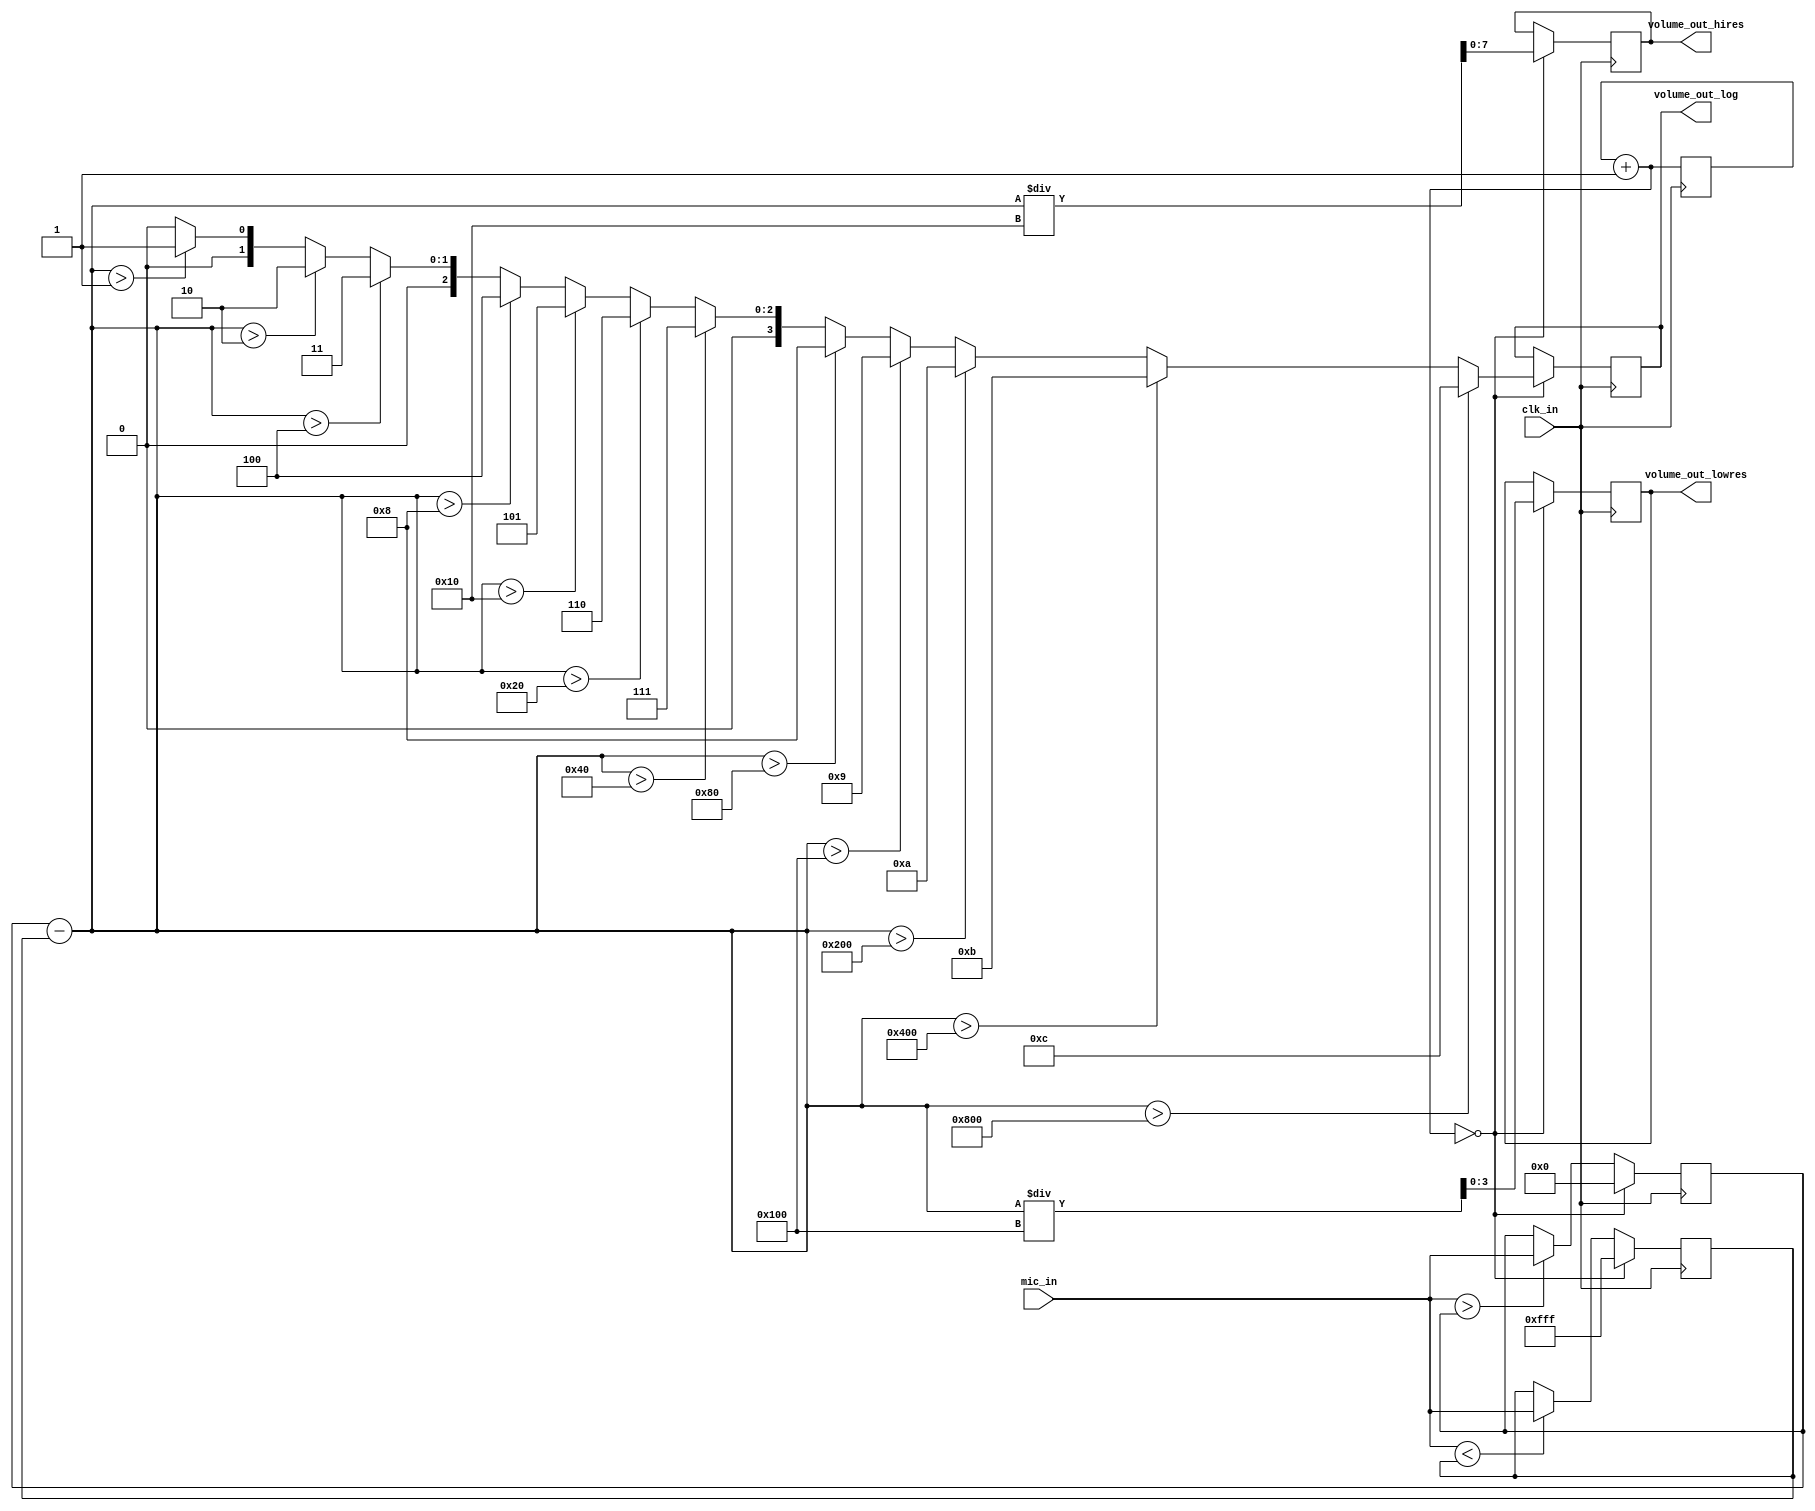
`timescale 1ns / 1ps

module volume_detector_slow(
    input clk_in,
    input [11:0] mic_in,
    output reg [3:0] volume_out_lowres,
    output reg [7:0] volume_out_hires,
    output reg [3:0] volume_out_log
    );
    
    reg [13:0] counter = 0;
    reg [11:0] max = 0;
    reg [11:0] min = 12'b111111111111;
    reg [11:0] diff = 0;
    always @(posedge clk_in) begin
        counter = counter + 1;
        if (counter == 0) begin
            diff = max - min;
            volume_out_lowres = diff / 256;
            volume_out_hires = diff / 16;
            if (diff > 12'b100000000000) begin
                volume_out_log<= 12;
            end
            else if (diff > 12'b010000000000) begin
                volume_out_log = 11;
            end
            else if (diff > 12'b001000000000) begin
                volume_out_log = 10;
            end
            else if (diff > 12'b000100000000) begin
                volume_out_log = 9;
            end
            else if (diff > 12'b000010000000) begin
                volume_out_log = 8;        
            end
            else if (diff > 12'b000001000000) begin
                volume_out_log = 7;
            end
            else if (diff > 12'b000000100000) begin
                volume_out_log = 6;        
            end
            else if (diff > 12'b000000010000) begin
                volume_out_log = 5;
            end
            else if (diff > 12'b000000001000) begin
                volume_out_log = 4;                    
            end
            else if (diff > 12'b000000000100) begin
                volume_out_log = 3;
            end
            else if (diff > 12'b000000000010) begin
                volume_out_log = 2;            
            end
            else if (diff > 12'b000000000001) begin
                volume_out_log = 1;
            end
            else begin
                volume_out_log = 0;
            end
            max = 0;
            min = 12'b111111111111;
        end
        else begin
            max = (mic_in > max) ? mic_in : max;
            min = (mic_in < min) ? mic_in : min;
        end
    end
    
endmodule